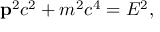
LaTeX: \mathbf { p } ^ { 2 } c ^ { 2 } + m ^ { 2 } c ^ { 4 } = E ^ { 2 } ,